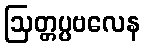
ဩတ္တပ္ပဗလေန